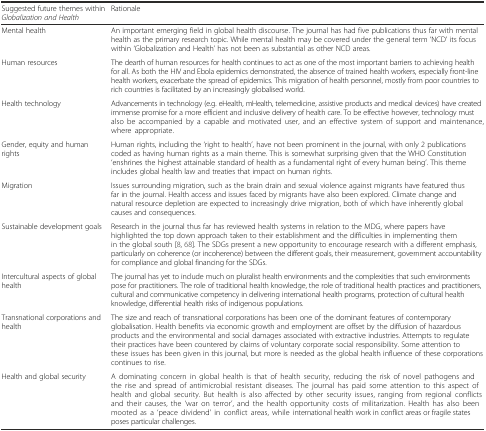
| Suggested future themes within Globalization and Health | Rationale |
 | --- | --- |
 | Mental health | An important emerging field in global health discourse. The journal has had five publications thus far with mental health as the primary research topic. While mental health may be covered under the general term ‘NCD’ its focus within ‘Globalization and Health’ has not been as substantial as other NCD areas. |
 | Human resources | The dearth of human resources for health continues to act as one of the most important barriers to achieving health for all. As both the HIV and Ebola epidemics demonstrated, the absence of trained health workers, especially front-line health workers, exacerbate the spread of epidemics. This migration of health personnel, mostly from poor countries to rich countries is facilitated by an increasingly globalised world. |
 | Health technology | Advancements in technology (e.g. eHealth, mHealth, telemedicine, assistive products and medical devices) have created immense promise for a more efficient and inclusive delivery of health care. To be effective however, technology must also be accompanied by a capable and motivated user, and an effective system of support and maintenance, where appropriate. |
 | Gender, equity and human rights | Human rights, including the ‘right to health’, have not been prominent in the journal, with only 2 publications coded as having human rights as a main theme. This is somewhat surprising given that the WHO Constitution ‘enshrines the highest attainable standard of health as a fundamental right of every human being’. This theme includes global health law and treaties that impact on human rights. |
 | Migration | Issues surrounding migration, such as the brain drain and sexual violence against migrants have featured thus far in the journal. Health access and issues faced by migrants have also been explored. Climate change and natural resource depletion are expected to increasingly drive migration, both of which have inherently global causes and consequences. |
 | Sustainable development goals | Research in the journal thus far has reviewed health systems in relation to the MDG, where papers have highlighted the top down approach taken to their establishment and the difficulties in implementing them in the global south [8, 68]. The SDGs present a new opportunity to encourage research with a different emphasis, particularly on coherence (or incoherence) between the different goals, their measurement, government accountability for compliance and global financing for the SDGs. |
 | Intercultural aspects of global health | The journal has yet to include much on pluralist health environments and the complexities that such environments pose for practitioners. The role of traditional health knowledge, the role of traditional health practices and practitioners, cultural and communicative competency in delivering international health programs, protection of cultural health knowledge, differential health risks of indigenous populations. |
 | Transnational corporations and health | The size and reach of transnational corporations has been one of the dominant features of contemporary globalisation. Health benefits via economic growth and employment are offset by the diffusion of hazardous products and the environmental and social damages associated with extractive industries. Attempts to regulate their practices have been countered by claims of voluntary corporate social responsibility. Some attention to these issues has been given in this journal, but more is needed as the global health influence of these corporations continues to rise. |
 | Health and global security | A dominating concern in global health is that of health security, reducing the risk of novel pathogens and the rise and spread of antimicrobial resistant diseases. The journal has paid some attention to this aspect of health and global security. But health is also affected by other security issues, ranging from regional conflicts and their causes, the ‘war on terror’, and the health opportunity costs of militarization. Health has also been mooted as a ‘peace dividend’ in conflict areas, while international health work in conflict areas or fragile states poses particular challenges. |